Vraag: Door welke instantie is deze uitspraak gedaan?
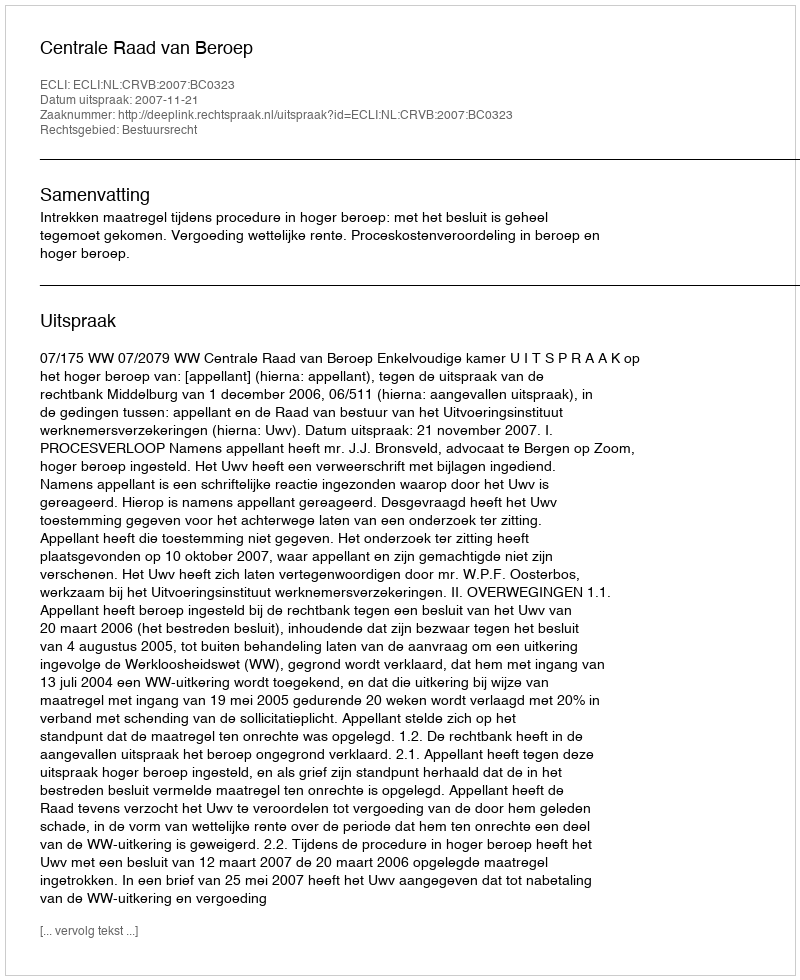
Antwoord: Centrale Raad van Beroep